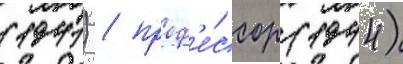
(1941) / проф'е́ссор (1944)